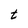
Character: t